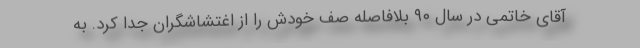
آقای خاتمی در سال ۹۰ بلافاصله صف خودش را از اغتشاشگران جدا کرد. به